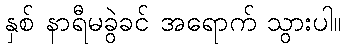
နှစ် နာရီမခွဲခင် အရောက် သွားပါ။